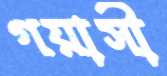
গয়াসী